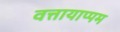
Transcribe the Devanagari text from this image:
वत्तायाप्पम